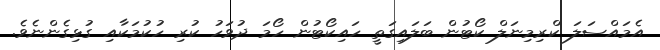
އެމައްސަލަ ކްރިމިނަލް ކޯޓުން ބަލައިގަތީ ހައިކޯޓުން ހޯމަ ދުވަހު ކުރި ހުކުމަކާއި ގުޅިގެންނެވެ.